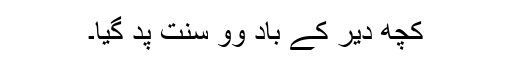
کُچھ دیر کے باد وو سنت پد گیا۔